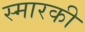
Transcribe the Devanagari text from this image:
स्मारकी